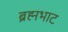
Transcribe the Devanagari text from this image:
ब्रह्मभाट